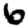
Digit: 6